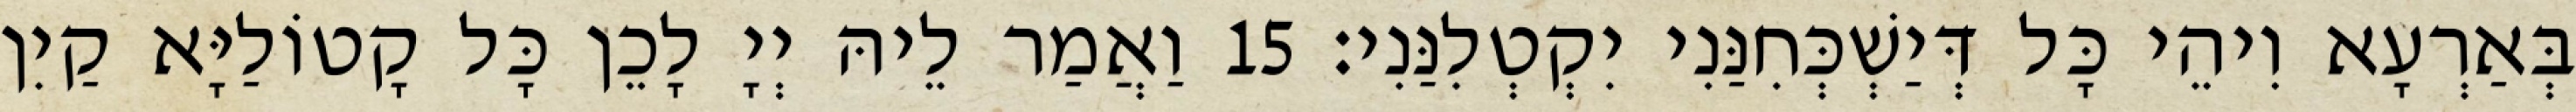
בְּאַרְעָא וִיהֵי כָּל דְּיַשְׁכְּחִנַּנִי יִקְטְלִנַּנִי׃ 15 וַאֲמַר לֵיהּ יְיָ לָכֵן כָּל קָטוֹלַיָּא קַיִן